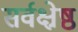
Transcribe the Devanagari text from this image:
सर्वक्ष्रेष्ठ